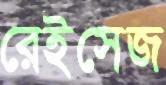
রেইসেজ